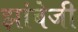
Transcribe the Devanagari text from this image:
झांबेजी